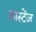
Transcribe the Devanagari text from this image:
कास्टेंज